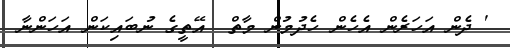
' ދެން އަހަރެން އެހެން ހެދުމުން މާތް  އޭތީގެ ނުބައިކަން އަހަންނާ